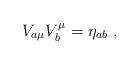
LaTeX: \begin{align*}V_{a\mu}V_{b}^{\mu}=\eta _{ab}~,\end{align*}